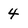
Character: 4